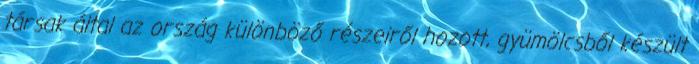
társak által az ország különböző részeiről hozott, gyümölcsből készült